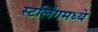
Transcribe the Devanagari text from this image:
स्टर्लिंगमध्ये